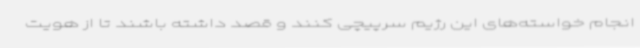
انجام خواسته‌های این رژیم سرپیچی کنند و قصد داشته باشند تا از هویت